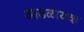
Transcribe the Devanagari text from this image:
आढळायचा